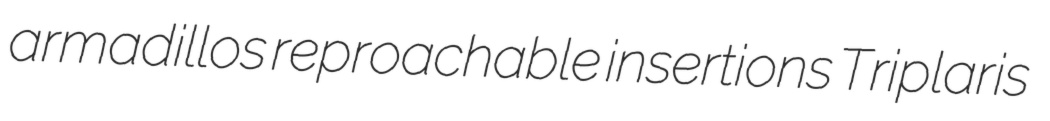
armadillos reproachable insertions Triplaris